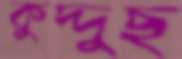
কুদ্দুছ